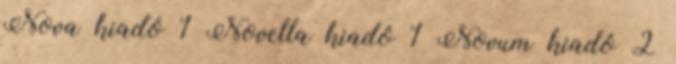
Nova kiadó 1 Novella kiadó 1 Novum kiadó 2